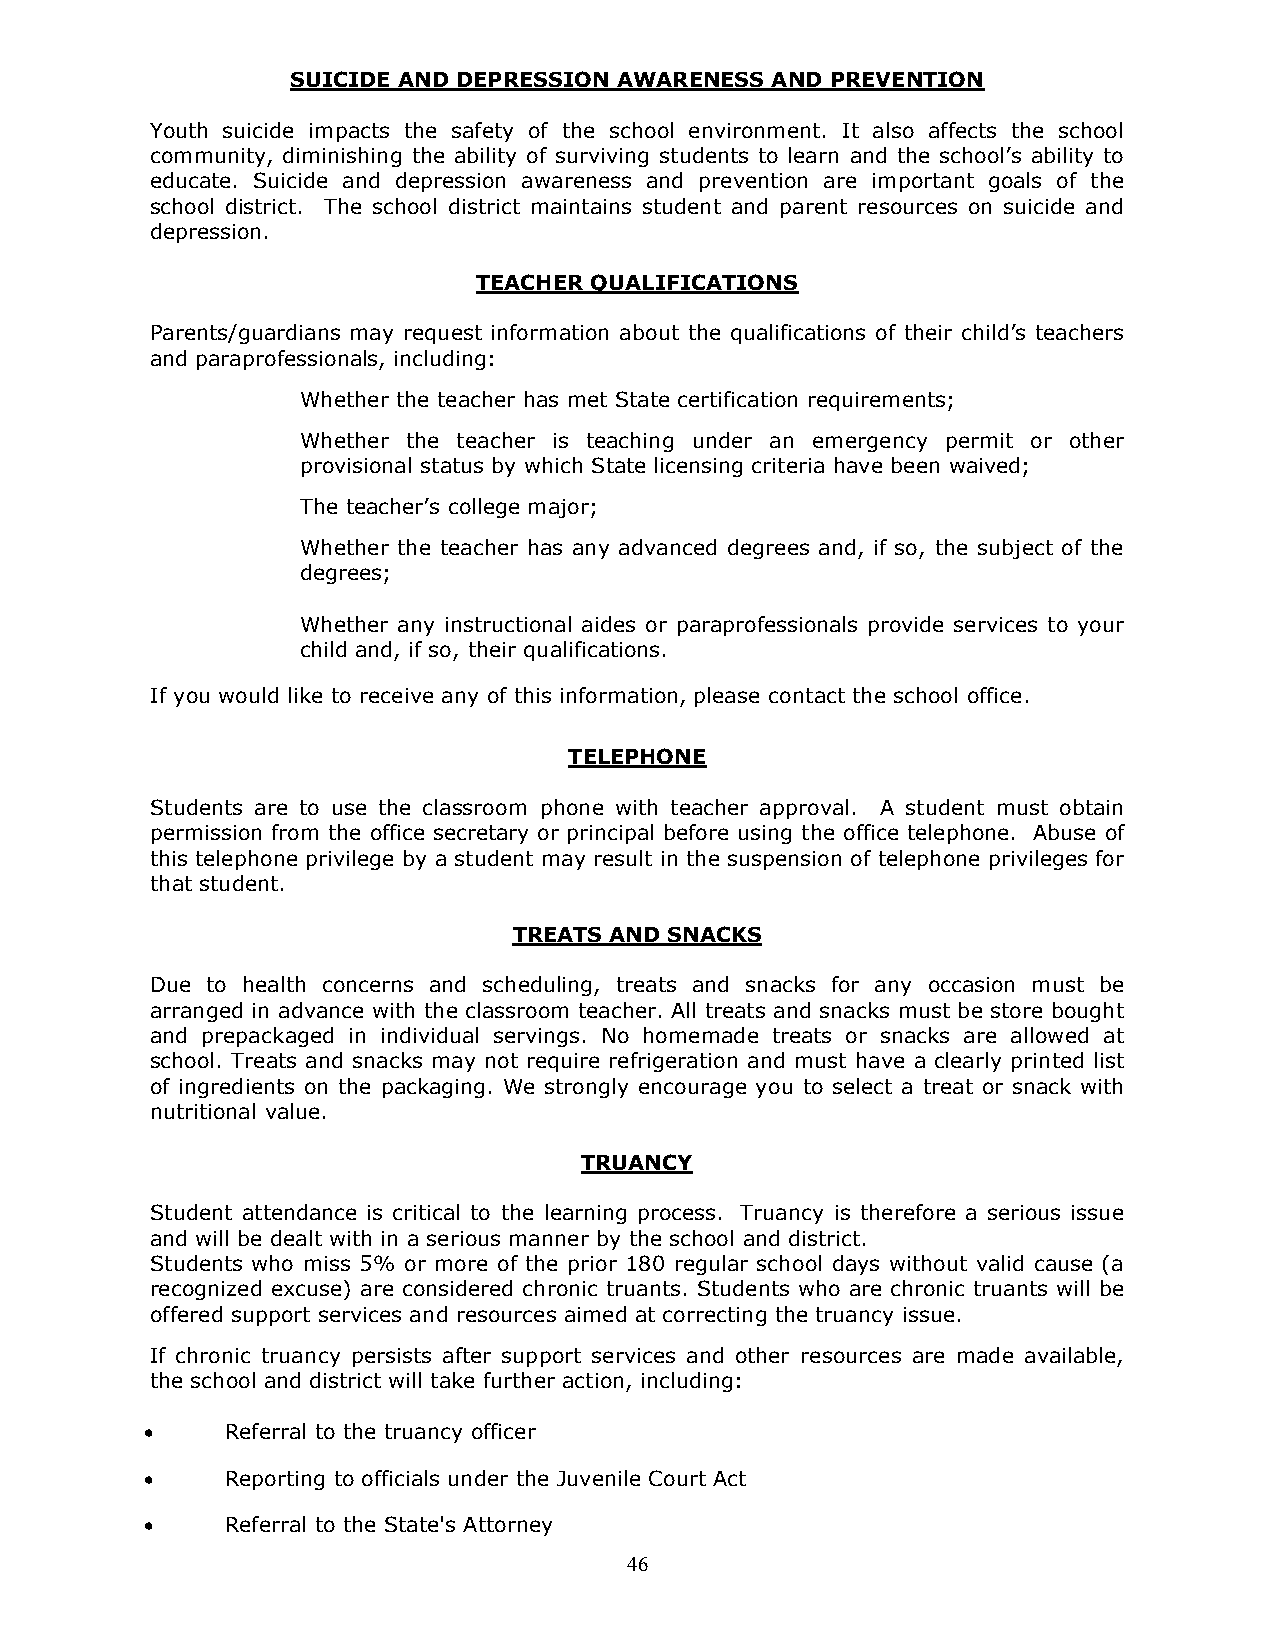
SUICIDE AND DEPRESSION AWARENESS AND PREVENTION
 Youth suicide impacts the safety of the school environment. It also affects the school
 community, diminishing the ability of surviving students to learn and the school’s ability to
 educate. Suicide and depression awareness and prevention are important goals of the
 school district. The school district maintains student and parent resources on suicide and
 depression.
 TEACHER QUALIFICATIONS
 Parents/guardians may request information about the qualifications of their child’s teachers
 and paraprofessionals, including:
 Whether the teacher has met State certification requirements;
 Whether the teacher is teaching under an emergency permit or other
 provisional status by which State licensing criteria have been waived;
 The teacher’s college major;
 Whether the teacher has any advanced degrees and, if so, the subject of the
 degrees;
 Whether any instructional aides or paraprofessionals provide services to your
 child and, if so, their qualifications.
 If you would like to receive any of this information, please contact the school office.
 TELEPHONE
 Students are to use the classroom phone with teacher approval. A student must obtain
 permission from the office secretary or principal before using the office telephone. Abuse of
 this telephone privilege by a student may result in the suspension of telephone privileges for
 that student.
 TREATS AND SNACKS
 Due to health concerns and scheduling, treats and snacks for any occasion must be
 arranged in advance with the classroom teacher. All treats and snacks must be store bought
 and prepackaged in individual servings. No homemade treats or snacks are allowed at
 school. Treats and snacks may not require refrigeration and must have a clearly printed list
 of ingredients on the packaging. We strongly encourage you to select a treat or snack with
 nutritional value.
 TRUANCY
 Student attendance is critical to the learning process. Truancy is therefore a serious issue
 and will be dealt with in a serious manner by the school and district.
 Students who miss 5% or more of the prior 180 regular school days without valid cause (a
 recognized excuse) are considered chronic truants. Students who are chronic truants will be
 offered support services and resources aimed at correcting the truancy issue.
 If chronic truancy persists after support services and other resources are made available,
 the school and district will take further action, including:
     Referral to the truancy officer
     Reporting to officials under the Juvenile Court Act
     Referral to the State's Attorney
 46